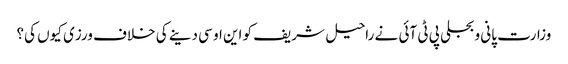
وزارت پانی و بجلی پی ٹی آئی نے راحیل شریف کو این او سی دینے کی خلاف ورزی کیوں کی؟